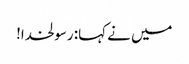
میں نے کہا: رسولخدا!